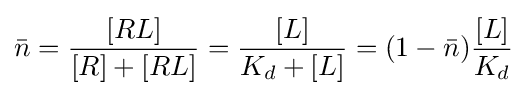
{\bar {n}}={\frac {[RL]}{[R]+[RL]}}={\frac {[L]}{K_{d}+[L]}}=(1-{\bar {n}}){\frac {[L]}{K_{d}}}